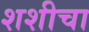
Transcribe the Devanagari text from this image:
शशीचा